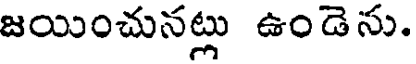
జయించునట్లు ఉండెను.